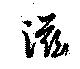
滋